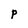
Character: P